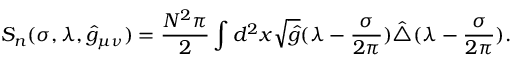
S _ { n } ( \sigma , \lambda , \hat { g } _ { \mu \nu } ) = { \frac { N ^ { 2 } \pi } { 2 } } \int d ^ { 2 } x \sqrt { \hat { g } } ( \lambda - { \frac { \sigma } { 2 \pi } } ) \hat { \triangle } ( \lambda - { \frac { \sigma } { 2 \pi } } ) .